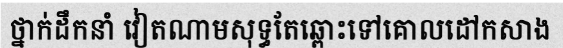
ថ្នាក់ដឹកនាំ វៀតណាមសុទ្ធតែឆ្ពោះទៅគោលដៅកសាង